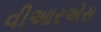
વીઆરએસ